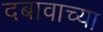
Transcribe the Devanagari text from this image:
दबावाच्या